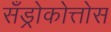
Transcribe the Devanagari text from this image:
सँड्रोकोत्तोस